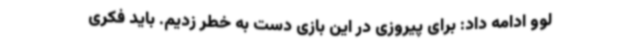
لوو ادامه داد: برای پیروزی در این بازی دست به خطر زدیم. باید فکری